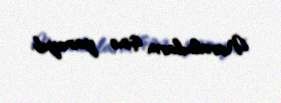
Navalnıların işinə yarayıb.